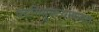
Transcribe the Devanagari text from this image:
पदनियुक्त्यांबाबत